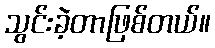
သွင်းခဲ့တာဖြစ်တယ်။